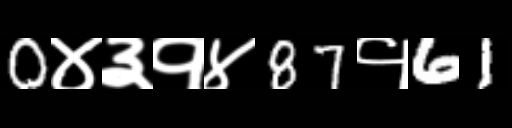
Text: 0४३१४87१61